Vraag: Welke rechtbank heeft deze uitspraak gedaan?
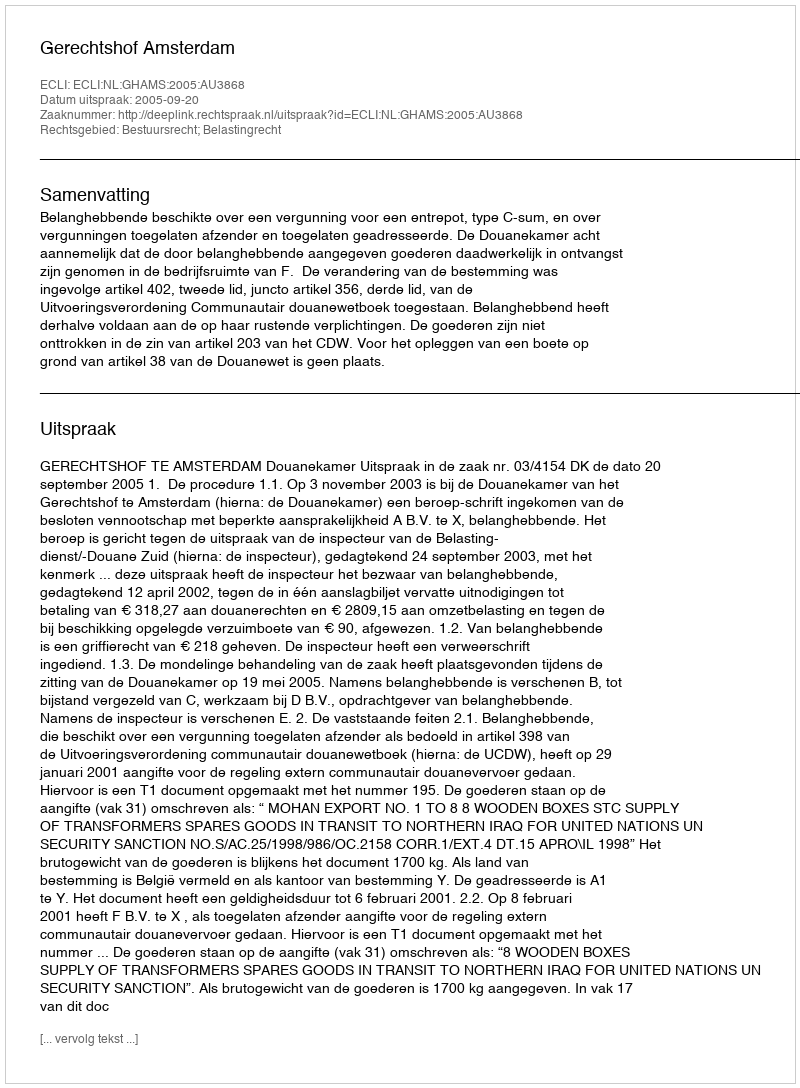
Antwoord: Gerechtshof Amsterdam